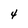
Character: 4